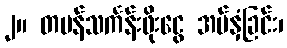
၂။ တမန်သင်္ကန်းဖိုးငွေ အပ်နှံခြင်း၊